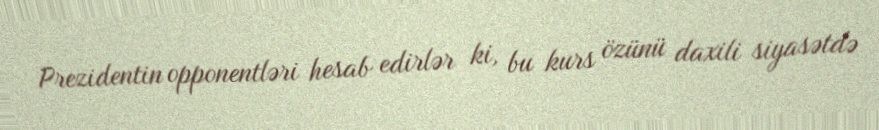
Prezidentin opponentləri hesab edirlər ki, bu kurs özünü daxili siyasətdə